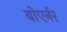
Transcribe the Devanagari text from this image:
बोएर्नर